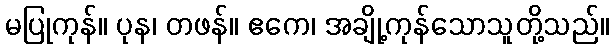
မပြုကုန်။ ပုန၊ တဖန်။ ဧကေ၊ အချို့ကုန်သောသူတို့သည်။